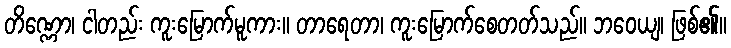
တိဏ္ဏော၊ ငါတည်း ကူးမြောက်မူကား။ တာရေတာ၊ ကူးမြောက်စေတတ်သည်။ ဘဝေယျ၊ ဖြစ်၏။